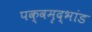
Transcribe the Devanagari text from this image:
पक्वमृद्भांड